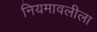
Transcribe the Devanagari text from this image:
नियमावलीला